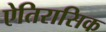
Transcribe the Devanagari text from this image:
ऐतिरासिक